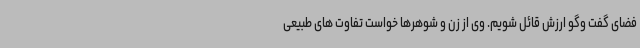
فضای گفت وگو ارزش قائل شویم. وی از زن و شوهرها خواست تفاوت های طبیعی